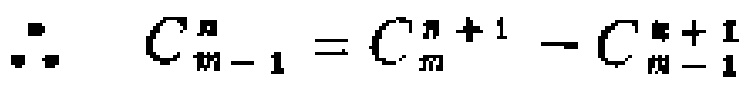
\(\therefore C_{m - 1}^{n}=C_{m}^{n + 1}-C_{m - 1}^{n + 1}\)